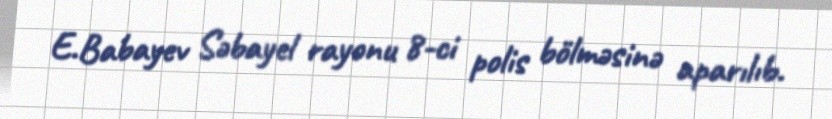
E.Babayev Səbayel rayonu 8-ci polis bölməsinə aparılıb.